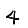
Digit: 4